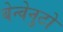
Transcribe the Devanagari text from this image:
बेन्वेनुटो